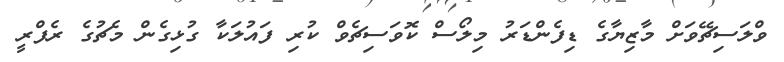
ވްލަސިޗޭވަށް މާޒިޔާގެ ޑިފެންޑަރު މިލޯސް ކޮވަސިޗެވް ކުރި ފައުލަކާ ގުޅިގެން މެޗުގެ ރެފްރީ